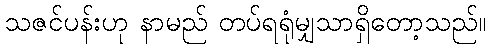
သဇင်ပန်းဟု နာမည် တပ်ရရုံမျှသာရှိတော့သည်။